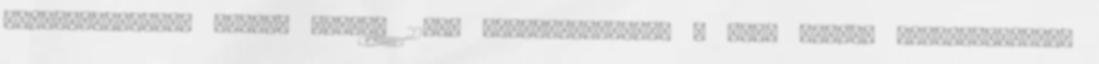
RMDSZ-szervezet elnöke június 22-én végiglátogatták a Zsil völgyi településeket,